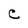
Character: C